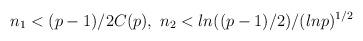
LaTeX: \begin{align*}n_1<(p-1)/2C(p),\,\,n_2<ln((p-1)/2)/(lnp)^{1/2}\end{align*}